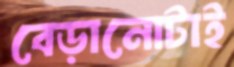
বেড়ানোটাই